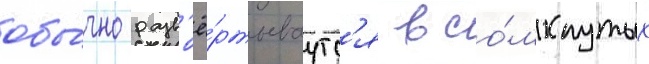
обы́чно разв'ё́ртываутс'я в со́мкнутых